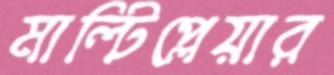
মাল্টিপ্লেয়ার